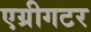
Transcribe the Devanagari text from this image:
एग्रीगटर